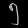
Digit: ၅